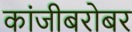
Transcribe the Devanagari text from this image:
कांजीबरोबर